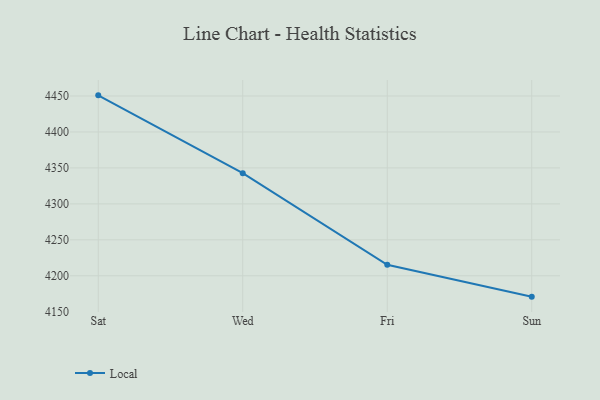
{"axis": {"x": "Day", "y": "Backlog"}, "legend": ["Local"], "data": [{"x": "Sat", "y": 4450.9, "type": "Local"}, {"x": "Wed", "y": 4342.7, "type": "Local"}, {"x": "Fri", "y": 4215.4, "type": "Local"}, {"x": "Sun", "y": 4171.0, "type": "Local"}]}